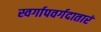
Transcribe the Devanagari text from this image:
स्वर्गापवर्गदातारं